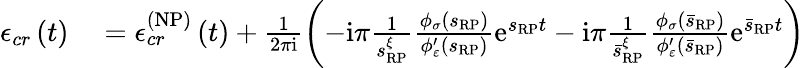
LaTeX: \begin{array}{rl}{\mathcal{\epsilon}_{cr}\left(t\right)}&{{}=\mathcal{\epsilon}_{cr}^{\left(\mathrm{NP}\right)}\left(t\right)+\frac{1}{2\pi\mathrm{i}}\left(-\mathrm{i}\pi\frac{1}{s_{\scriptscriptstyle{\mathrm{RP}}}^{\xi}}\frac{\phi_{\sigma}\left(s_{\scriptscriptstyle{\mathrm{RP}}}\right)}{\phi_{\varepsilon}^{\prime}\left(s_{\scriptscriptstyle{\mathrm{RP}}}\right)}\mathrm{e}^{s_{\scriptscriptstyle{\mathrm{RP}}}t}-\mathrm{i}\pi\frac{1}{\bar{s}_{\scriptscriptstyle{\mathrm{RP}}}^{\xi}}\frac{\phi_{\sigma}\left(\bar{s}_{\scriptscriptstyle{\mathrm{RP}}}\right)}{\phi_{\varepsilon}^{\prime}\left(\bar{s}_{\scriptscriptstyle{\mathrm{RP}}}\right)}\mathrm{e}^{\bar{s}_{\scriptscriptstyle{\mathrm{RP}}}t}\right)}\end{array}